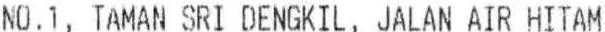
NO.1, TAMAN SRI DENGKIL, JALAN AIR HITAM